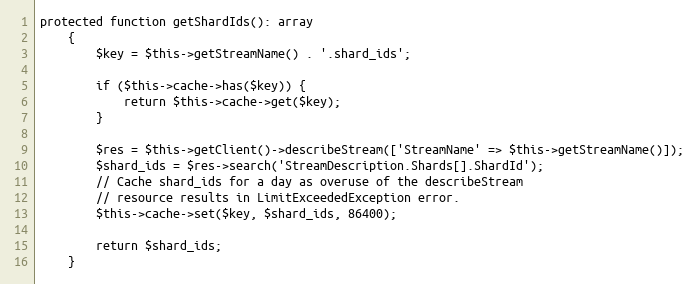
Language: PHP
protected function getShardIds(): array
    {
        $key = $this->getStreamName() . '.shard_ids';

        if ($this->cache->has($key)) {
            return $this->cache->get($key);
        }

        $res = $this->getClient()->describeStream(['StreamName' => $this->getStreamName()]);
        $shard_ids = $res->search('StreamDescription.Shards[].ShardId');
        // Cache shard_ids for a day as overuse of the describeStream
        // resource results in LimitExceededException error.
        $this->cache->set($key, $shard_ids, 86400);

        return $shard_ids;
    }